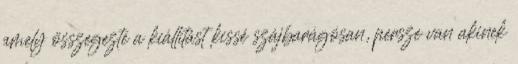
amely összegezte a kiállítást kissé szájbarágósan, persze van akinek